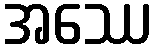
အဿေ